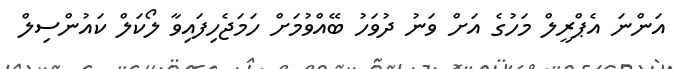
އަންނަ އެޕްރީލް މަހުގެ އަށް ވަނު ދުވަހު ބޭއްވުމަށް ހަމަޖެހިފައިވާ ލޯކަލް ކައުންސިލް